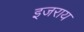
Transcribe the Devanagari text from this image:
इजराय